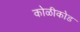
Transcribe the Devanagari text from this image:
कोळीकोड